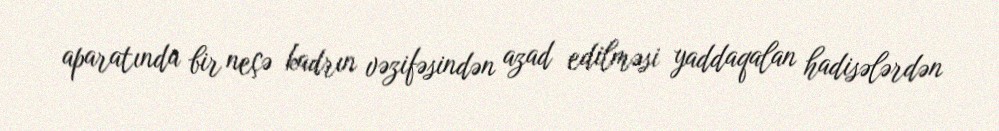
aparatında bir neçə kadrın vəzifəsindən azad edilməsi yaddaqalan hadisələrdən